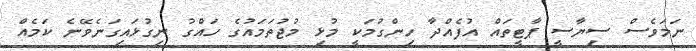
ނަމަވެސް ސިޔާސީ ޕާޓީތައް އުފެއްދާ ހިންގުމަކީ މުޅި މުޖުތަމައުގެ ހައްގު ނިގުޅައިގަނެވޭނެ ކަމެއް